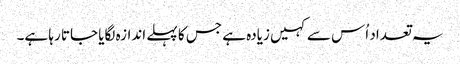
یہ تعداد اُس سے کہیں زیادہ ہے جس کا پہلے اندازہ لگایا جاتا رہا ہے۔